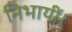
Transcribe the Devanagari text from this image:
निभायीं।